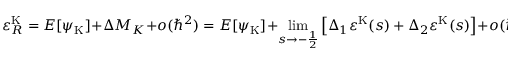
\varepsilon _ { R } ^ { \mathrm { K } } = E [ { \psi } _ { \mathrm { K } } ] + \Delta M _ { K } + o ( \hbar ^ { 2 } ) = E [ { \psi } _ { \mathrm { K } } ] + \operatorname * { l i m } _ { s \rightarrow - \frac { 1 } { 2 } } \left[ \Delta _ { 1 } \varepsilon ^ { \mathrm { K } } ( s ) + \Delta _ { 2 } \varepsilon ^ { \mathrm { K } } ( s ) \right] + o ( \hbar ^ { 2 } )